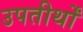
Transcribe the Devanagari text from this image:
उपतीर्थों